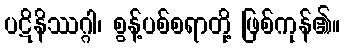
ပဋိနိဿဂ္ဂါ၊ စွန့်ပစ်စရာတို့ ဖြစ်ကုန်၏။